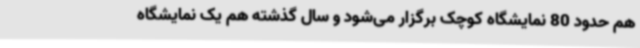
هم حدود 80 نمایشگاه کوچک برگزار می‌شود و سال گذشته هم یک نمایشگاه